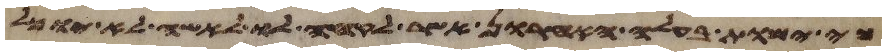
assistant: כי ימות בעלה האחרון אשר לקחה לו לאשה לא יוכל